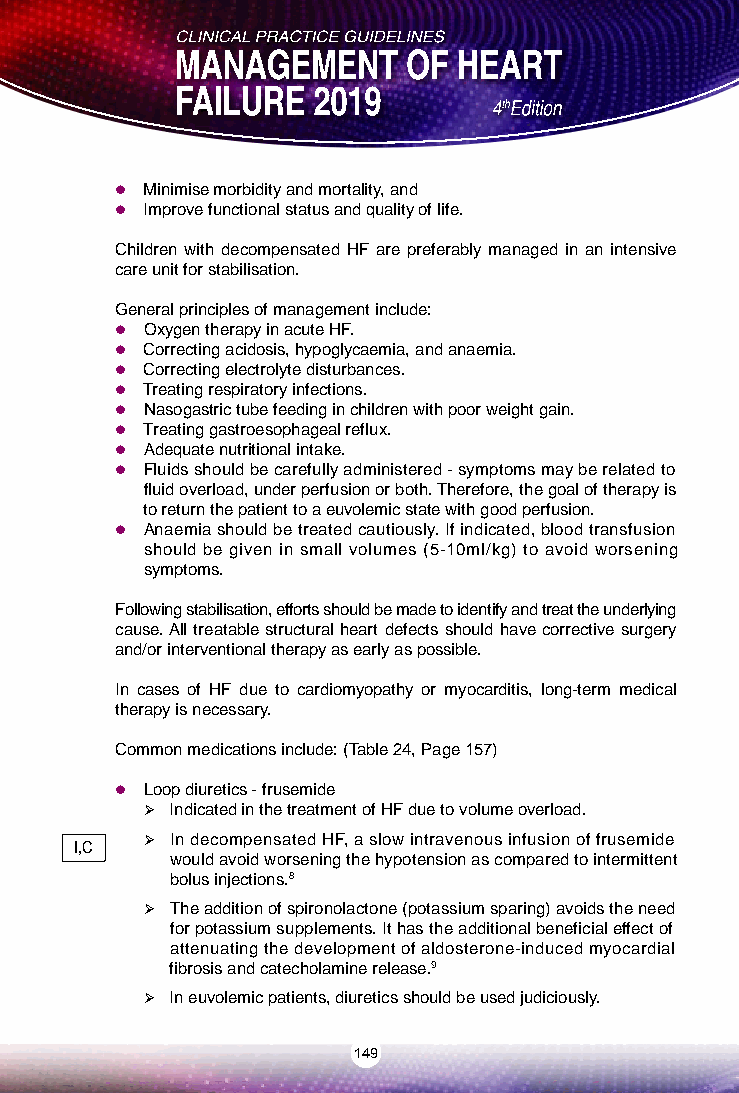
 Minimise morbidity and mortality, and
  Improve functional status and quality of life.
 Children with decompensated HF are preferably managed in an intensive
 care unit for stabilisation.
 General principles of management include:
  Oxygen therapy in acute HF.
  Correcting acidosis, hypoglycaemia, and anaemia.
  Correcting electrolyte disturbances.
  Treating respiratory infections.
  Nasogastric tube feeding in children with poor weight gain.
  Treating gastroesophageal reflux.
  Adequate nutritional intake.
  Fluids should be carefully administered - symptoms may be related to
 fluid overload, under perfusion or both. Therefore, the goal of therapy is
 to return the patient to a euvolemic state with good perfusion.
  Anaemia should be treated cautiously. If indicated, blood transfusion
 should be given in small volumes (5-10ml/kg) to avoid worsening
 symptoms.
 Following stabilisation, efforts should be made to identify and treat the underlying
 cause. All treatable structural heart defects should have corrective surgery
 and/or interventional therapy as early as possible.
 In cases of HF due to cardiomyopathy or myocarditis, long-term medical
 therapy is necessary.
 Common medications include: (Table 24, Page 157)
  Loop diuretics - frusemide
  Indicated in the treatment of HF due to volume overload.
  In decompensated HF, a slow intravenous infusion of frusemide
 I,C
 would avoid worsening the hypotension as compared to intermittent
 bolus injections.8
  The addition of spironolactone (potassium sparing) avoids the need
 for potassium supplements. It has the additional beneficial effect of
 attenuating the development of aldosterone-induced myocardial
 fibrosis and catecholamine release.9
  In euvolemic patients, diuretics should be used judiciously.
 149